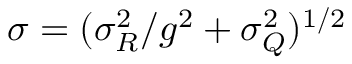
\sigma = ( \sigma _ { R } ^ { 2 } / g ^ { 2 } + \sigma _ { Q } ^ { 2 } ) ^ { 1 / 2 }